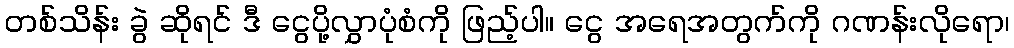
တစ်သိန်း ခွဲ ဆိုရင် ဒီ ငွေပို့လွှာပုံစံကို ဖြည့်ပါ။ ငွေ အရေအတွက်ကို ဂဏန်းလိုရော၊